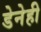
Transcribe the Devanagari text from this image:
डेनेही